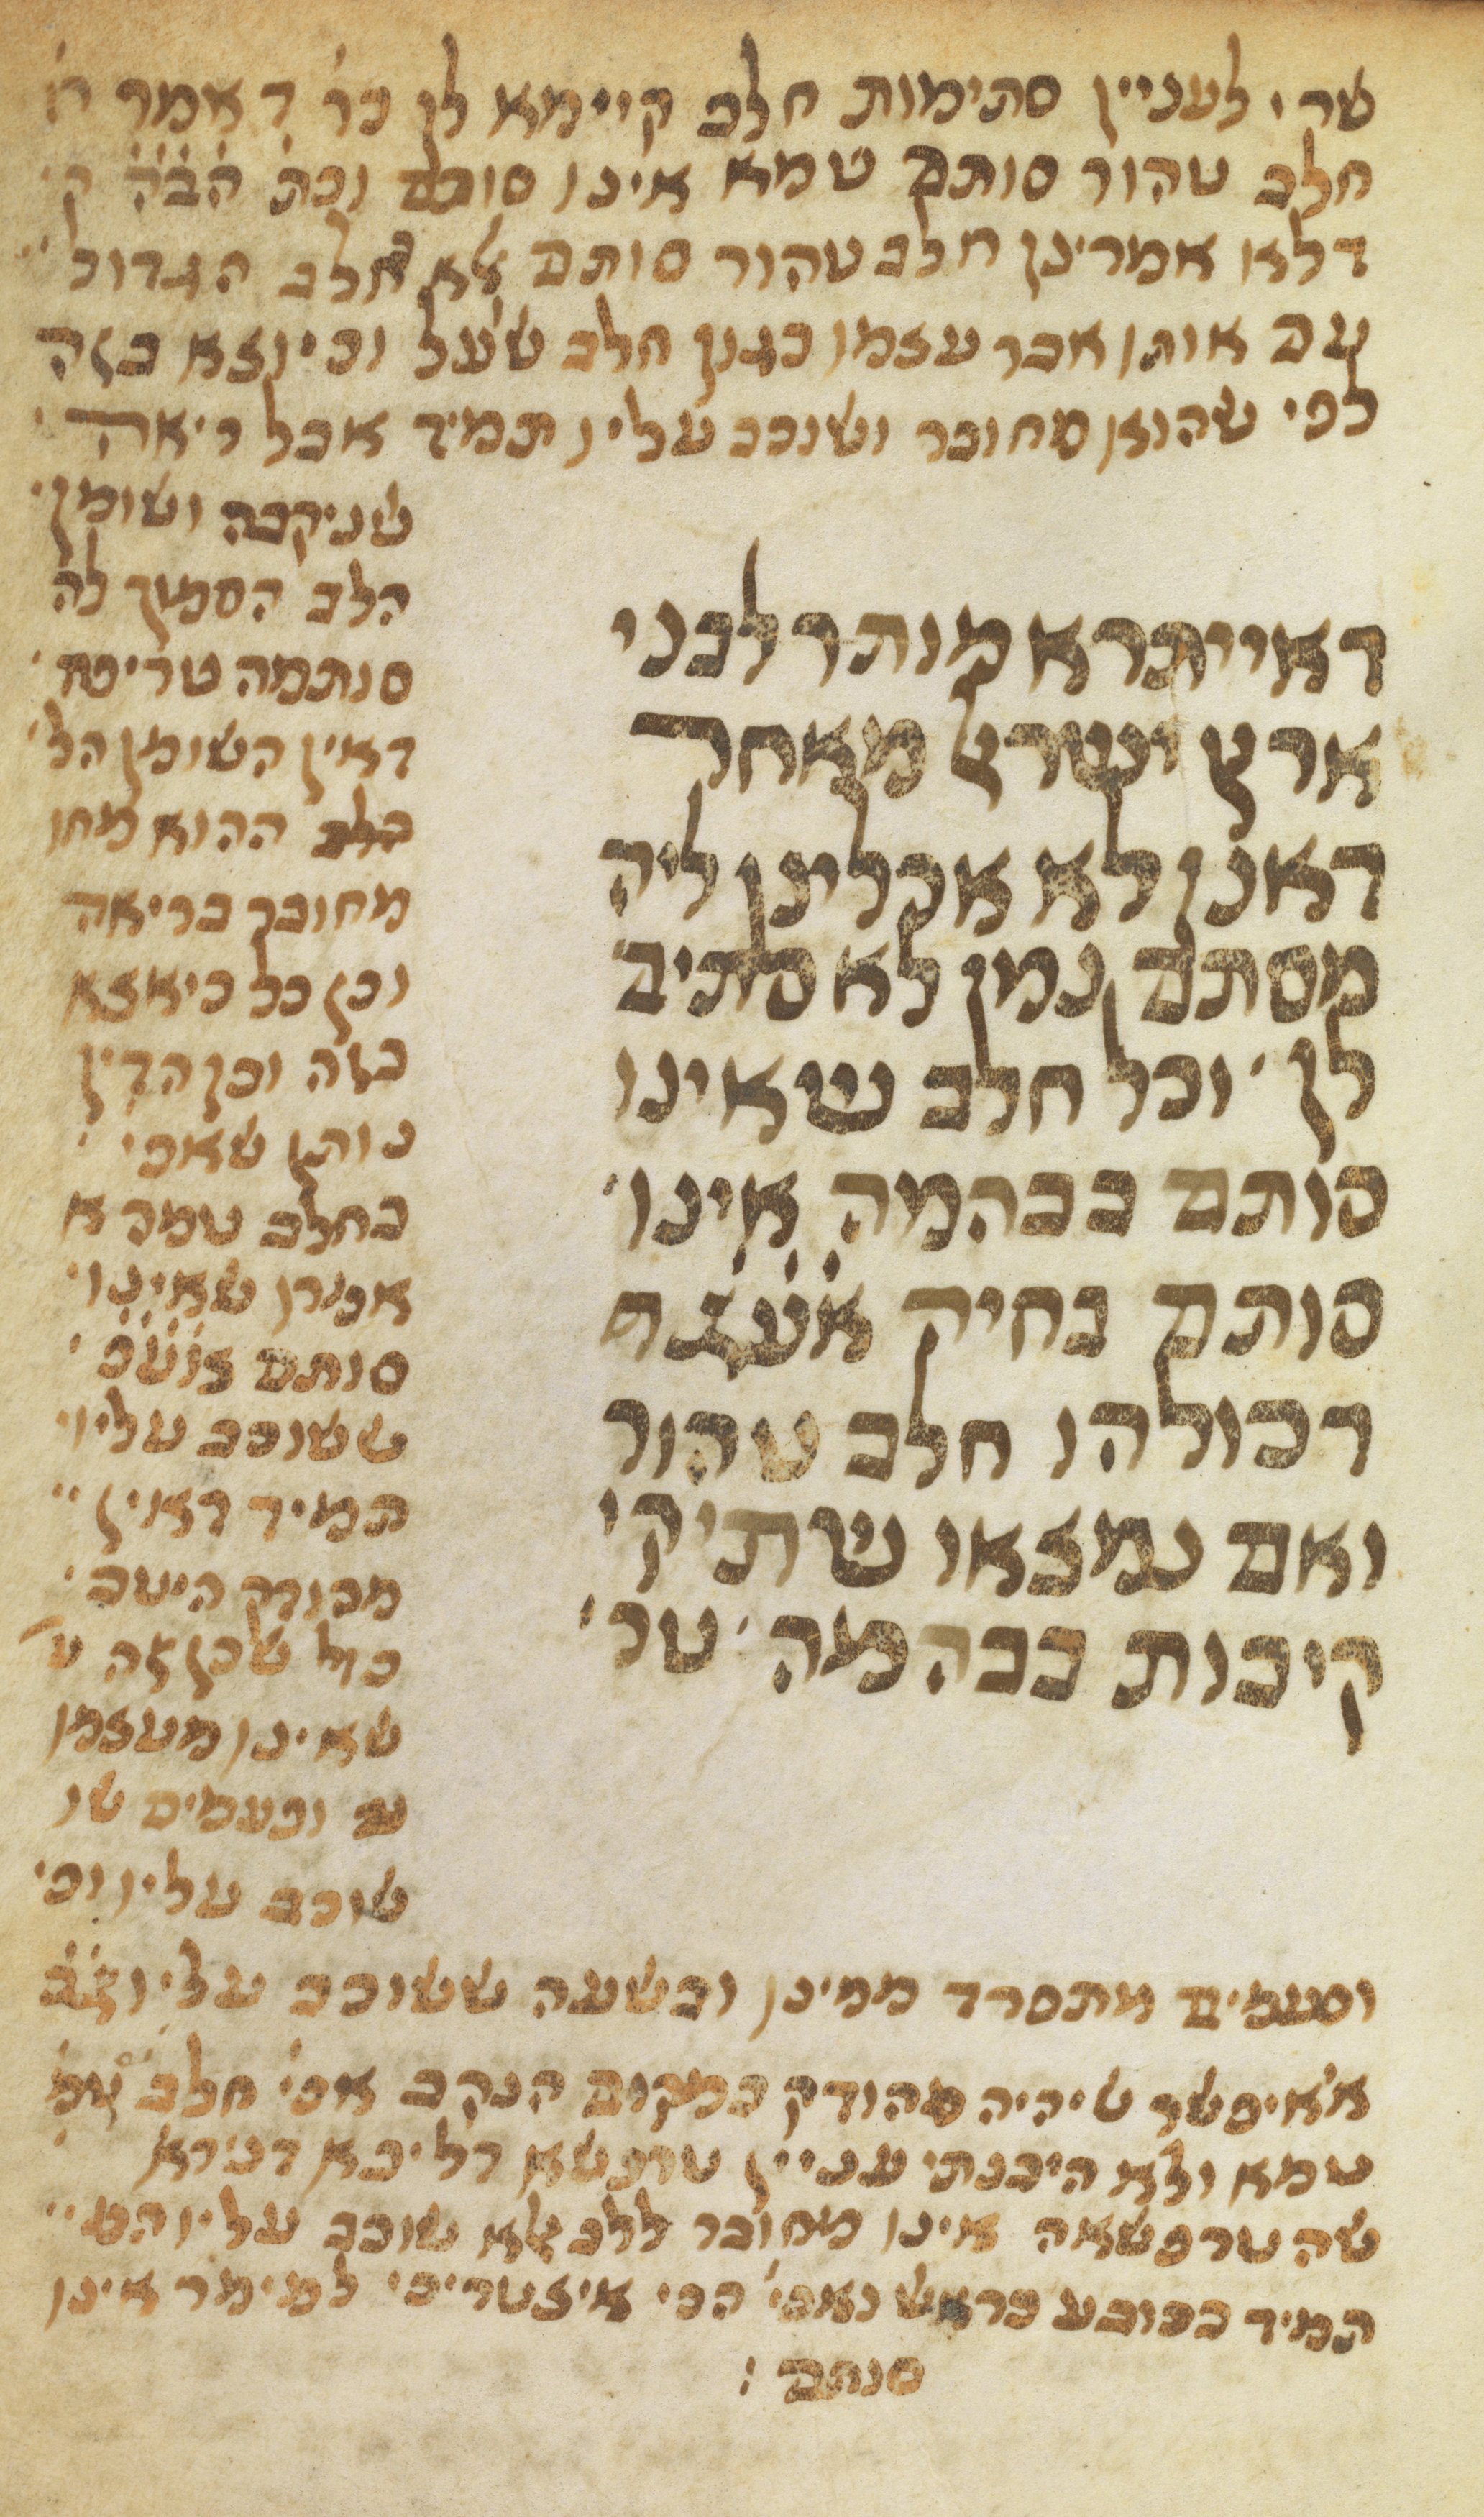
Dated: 1300–1399